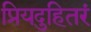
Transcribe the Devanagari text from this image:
प्रियदुहितरं